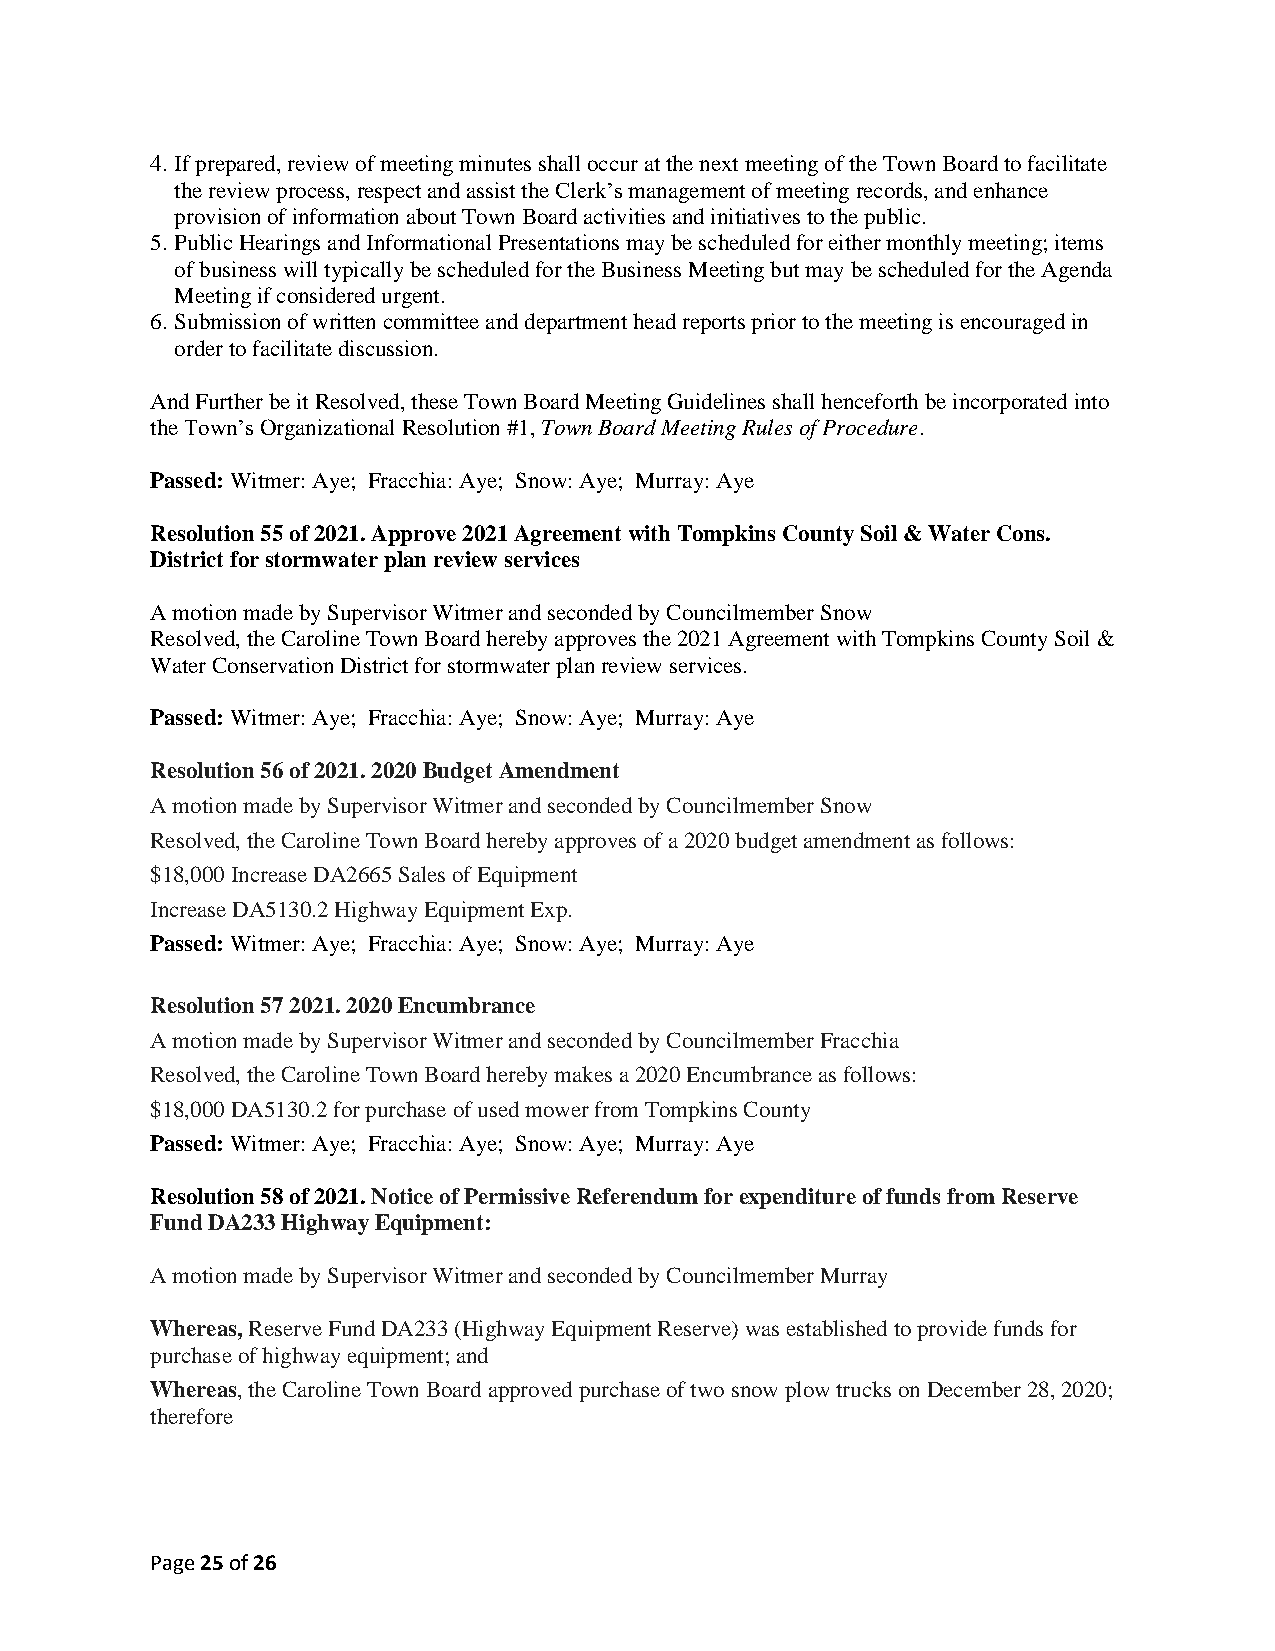
4. If prepared, review of meeting minutes shall occur at the next meeting of the Town Board to facilitate
 the review process, respect and assist the Clerk’s management of meeting records, and enhance
 provision of information about Town Board activities and initiatives to the public.
 5. Public Hearings and Informational Presentations may be scheduled for either monthly meeting; items
 of business will typically be scheduled for the Business Meeting but may be scheduled for the Agenda
 Meeting if considered urgent.
 6. Submission of written committee and department head reports prior to the meeting is encouraged in
 order to facilitate discussion.
 And Further be it Resolved, these Town Board Meeting Guidelines shall henceforth be incorporated into
 the Town’s Organizational Resolution #1, Town Board Meeting Rules of Procedure.
 Passed: Witmer: Aye; Fracchia: Aye; Snow: Aye; Murray: Aye
 Resolution 55 of 2021. Approve 2021 Agreement with Tompkins County Soil & Water Cons.
 District for stormwater plan review services
 A motion made by Supervisor Witmer and seconded by Councilmember Snow
 Resolved, the Caroline Town Board hereby approves the 2021 Agreement with Tompkins County Soil &
 Water Conservation District for stormwater plan review services.
 Passed: Witmer: Aye; Fracchia: Aye; Snow: Aye; Murray: Aye
 Resolution 56 of 2021. 2020 Budget Amendment
 A motion made by Supervisor Witmer and seconded by Councilmember Snow
 Resolved, the Caroline Town Board hereby approves of a 2020 budget amendment as follows:
 $18,000 Increase DA2665 Sales of Equipment
 Increase DA5130.2 Highway Equipment Exp.
 Passed: Witmer: Aye; Fracchia: Aye; Snow: Aye; Murray: Aye
 Resolution 57 2021. 2020 Encumbrance
 A motion made by Supervisor Witmer and seconded by Councilmember Fracchia
 Resolved, the Caroline Town Board hereby makes a 2020 Encumbrance as follows:
 $18,000 DA5130.2 for purchase of used mower from Tompkins County
 Passed: Witmer: Aye; Fracchia: Aye; Snow: Aye; Murray: Aye
 Resolution 58 of 2021. Notice of Permissive Referendum for expenditure of funds from Reserve
 Fund DA233 Highway Equipment:
 A motion made by Supervisor Witmer and seconded by Councilmember Murray
 Whereas, Reserve Fund DA233 (Highway Equipment Reserve) was established to provide funds for
 purchase of highway equipment; and
 Whereas, the Caroline Town Board approved purchase of two snow plow trucks on December 28, 2020;
 therefore
 Page 25 of 26